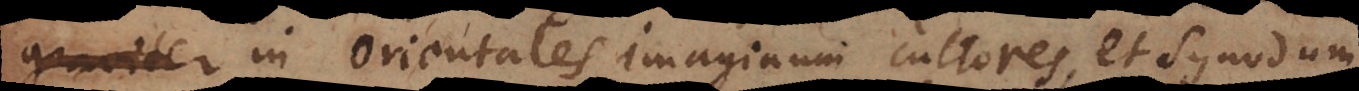
criter in Orientales imaginum cultores, et Synodum